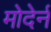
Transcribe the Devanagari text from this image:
मोदेर्न